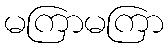
မကြာမကြာ